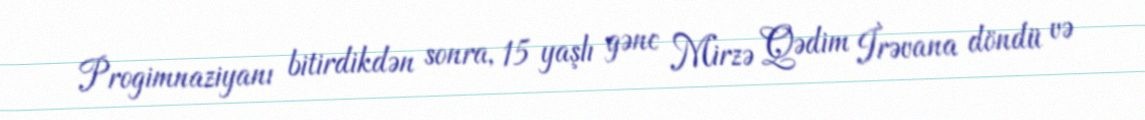
Progimnaziyanı bitirdikdən sonra, 15 yaşlı gənc Mirzə Qədim İrəvana döndü və